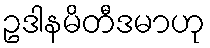
ဥဒါနမိတီဒမာဟု